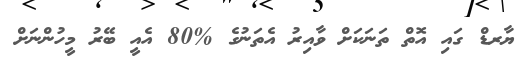
ޔާރޑް ގައި އޮތް ތަނަކަށް ވާއިރު އެތަނުގެ %80 އެއީ ބޭރު މީހުންނަށް